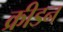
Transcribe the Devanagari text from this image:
क्रीडन